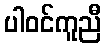
ပါဝင်ကူညီ